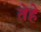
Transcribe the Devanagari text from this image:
तेहे